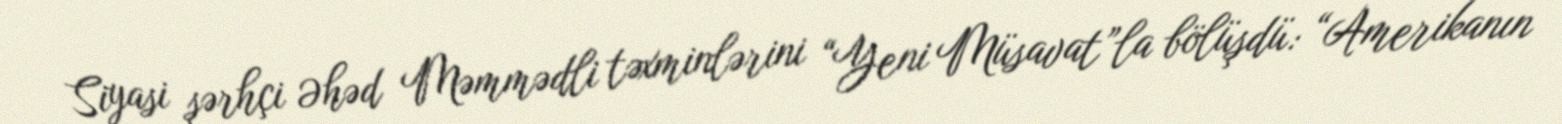
Siyasi şərhçi Əhəd Məmmədli təxminlərini “Yeni Müsavat”la bölüşdü: “Amerikanın